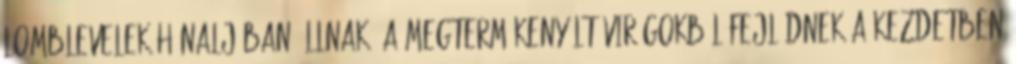
lomblevelek hónaljában állnak. A megtermékenyült virágokból fejlődnek a kezdetben